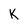
Character: k